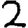
Digit: 2